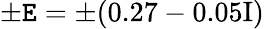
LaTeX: \pm\mathtt{E}=\pm(0.27-0.05\mathrm{{{I})}}